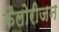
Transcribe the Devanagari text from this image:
कैलोरीजन